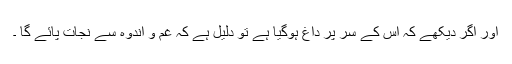
اور اگر دیکھے کہ اس کے سر پر داغ ہوگیا ہے تو دلیل ہے کہ غم و اندوہ سے نجات پائے گا ۔